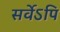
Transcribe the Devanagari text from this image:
सर्वेऽपि